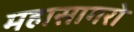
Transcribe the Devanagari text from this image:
महासागरो